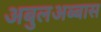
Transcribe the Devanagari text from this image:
अबुलअब्बास